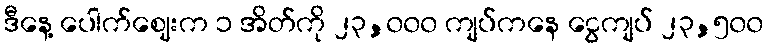
ဒီနေ့ ပေါက်ဈေးက ၁ အိတ်ကို ၂၃,၀၀၀ ကျပ်ကနေ ငွေကျပ် ၂၃,၅၀၀